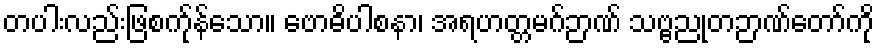
တပါးလည်းဖြစက်ုန်သော။ ဗောဓိပါစနာ၊ အရဟတ္တမဂ်ဉာဏ် သဗ္ဗညုတဉာဏ်တော်ကို